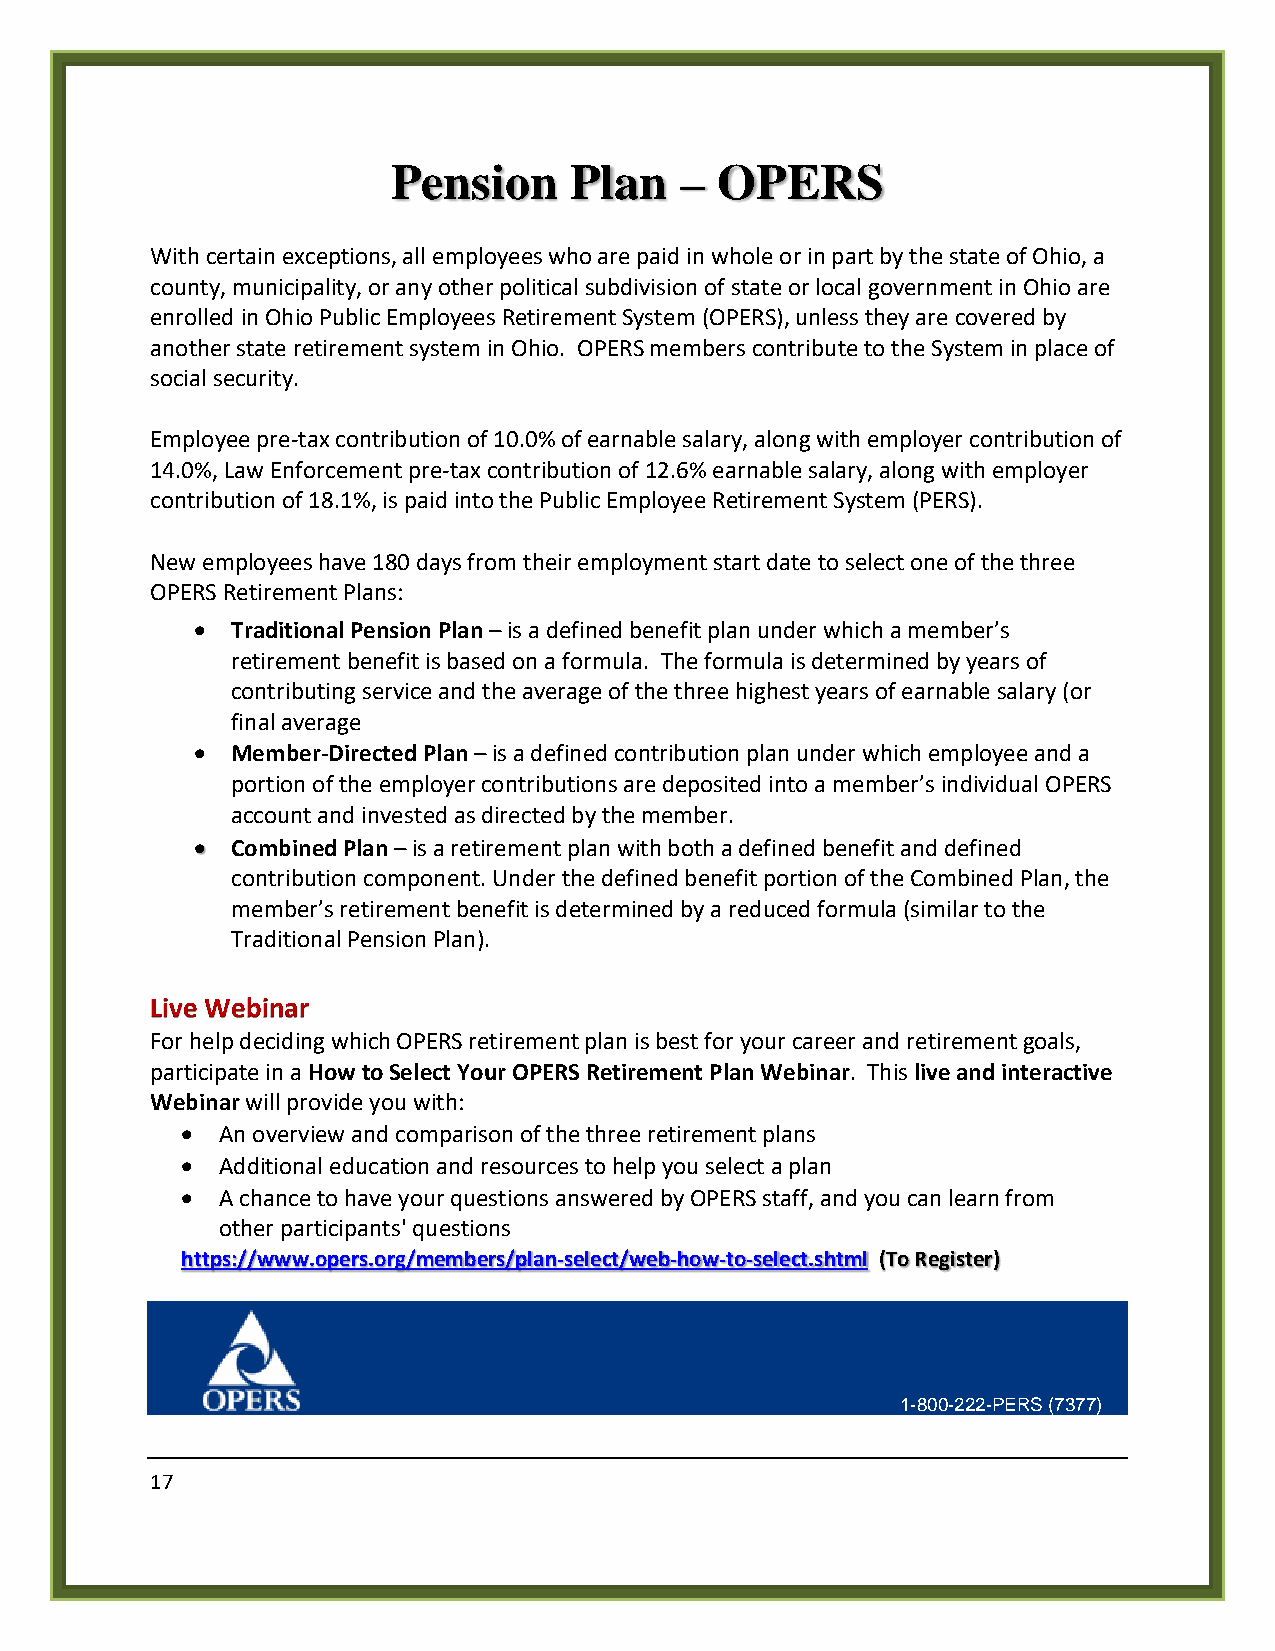
Pension     Plan   – OPERS
 With certain exceptions, all employees who are paid in whole or in part by the state of Ohio, a
 county, municipality, or any other political subdivision of state or local government in Ohio are
 enrolled in Ohio Public Employees Retirement System (OPERS), unless they are covered by
 another state retirement system in Ohio. OPERS members contribute to the System in place of
 social security.
 Employee pre-tax contribution of 10.0% of earnable salary, along with employer contribution of
 14.0%, Law Enforcement pre-tax contribution of 12.6% earnable salary, along with employer
 contribution of 18.1%, is paid into the Public Employee Retirement System (PERS).
 New employees have 180 days from their employment start date to select one of the three
 OPERS Retirement Plans:
 • Traditional Pension Plan – is a defined benefit plan under which a member’s
 retirement benefit is based on a formula. The formula is determined by years of
 contributing service and the average of the three highest years of earnable salary (or
 final average
 • Member-Directed Plan – is a defined contribution plan under which employee and a
 portion of the employer contributions are deposited into a member’s individual OPERS
 account and invested as directed by the member.
 • Combined Plan – is a retirement plan with both a defined benefit and defined
 contribution component. Under the defined benefit portion of the Combined Plan, the
 member’s retirement benefit is determined by a reduced formula (similar to the
 Traditional Pension Plan).
 Live Webinar
 For help deciding which OPERS retirement plan is best for your career and retirement goals,
 participate in a How to Select Your OPERS Retirement Plan Webinar. This live and interactive
 Webinar will provide you with:
 • An overview and comparison of the three retirement plans
 • Additional education and resources to help you select a plan
 • A chance to have your questions answered by OPERS staff, and you can learn from
 other participants' questions
 https://www.opers.org/members/plan-select/web-how-to-select.shtml (To Register)
 1-800-222-PERS (7377)
 17